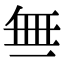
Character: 𬻝